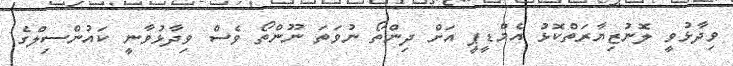
ވިދާޅުވީ ލޮނުޒިޔާރަތްކޮޅު އެމްޑީޕީ އަށް ދިންތޯ ނުވަތަ ނޫންތޯ ވެސް ވިދާޅުވާނީ ކައުންސިލްގެ